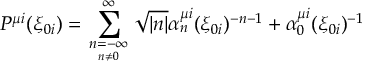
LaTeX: P ^ { \mu i } ( \xi _ { 0 i } ) = \sum _ { \scriptstyle n = - \infty \atop n \neq 0 } ^ { \infty } \sqrt { | n | } \alpha _ { n } ^ { \mu i } ( \xi _ { 0 i } ) ^ { - n - 1 } + \alpha _ { 0 } ^ { \mu i } ( \xi _ { 0 i } ) ^ { - 1 }